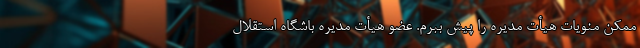
ممکن منویات هیأت مدیره را پیش ببرم. عضو هیأت مدیره باشگاه استقلال